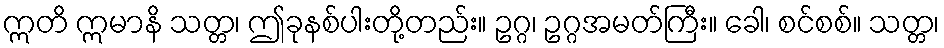
ဣတိ ဣမာနိ သတ္တ၊ ဤခုနစ်ပါးတို့တည်း။ ဥဂ္ဂ၊ ဥဂ္ဂအမတ်ကြီး။ ခေါ၊ စင်စစ်။ သတ္တ၊